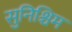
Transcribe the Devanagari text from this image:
सुनिश्चिम